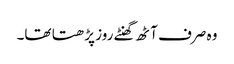
وہ صرف آٹھ گھنٹے روز پڑھتا تھا۔